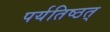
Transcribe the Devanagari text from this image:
पर्यतिष्ठत्